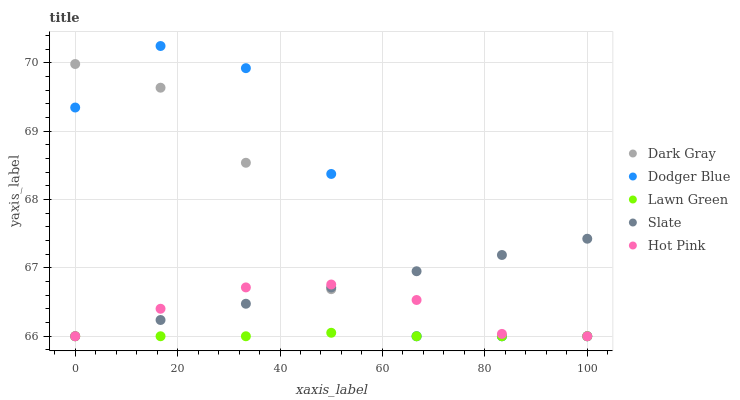
| xaxis_label | Dark Gray | Dodger Blue | Lawn Green | Slate | Hot Pink |
 | --- | --- | --- | --- | --- | --- |
 | 0 | 70 | 69.3 | 66 | 66 | 66 |
 | 16.7 | 69.6 | 70.2 | 66 | 66.2 | 66.4 |
 | 33.3 | 68.5 | 69.9 | 66 | 66.5 | 66.7 |
 | 50 | 66.7 | 68.4 | 66.1 | 66.7 | 66.8 |
 | 66.7 | 66 | 66 | 66 | 67 | 66.5 |
 | 83.3 | 66 | 66 | 66 | 67.2 | 66 |
 | 100 | 66 | 66 | 66 | 67.4 | 66 |